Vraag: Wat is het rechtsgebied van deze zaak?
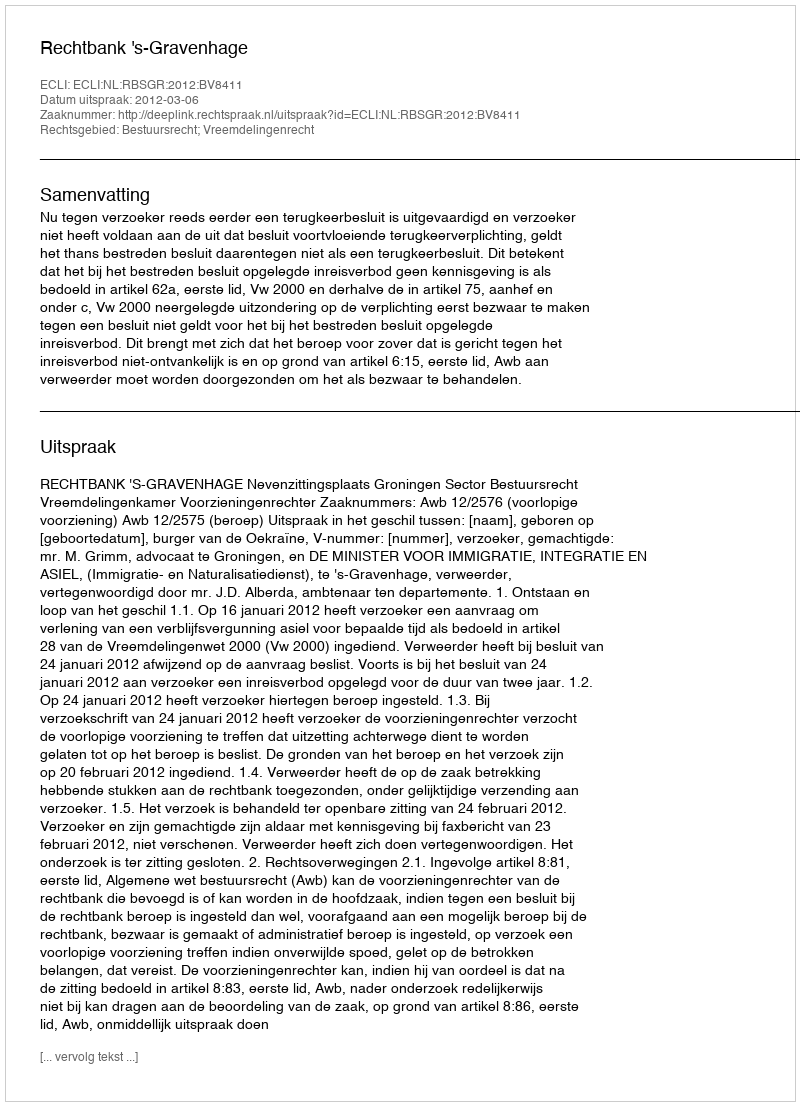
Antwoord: Bestuursrecht; Vreemdelingenrecht